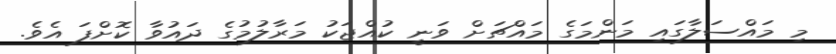
މި މައްސަލާގައި މަންމަގެ މައްޗަށް ވަނީ ކުއްޖަކު މަރާލުމުގެ ދައުވާ ކޮށްފަ އެވެ.